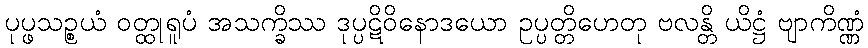
ပုပ္ဖသဉ္စယံ ဝတ္ထုရူပံ အသက္ခိဿ ဒုပ္ပဋိဝိနောဒယော ဥပ္ပတ္တိဟေတု ဗလန္တိ ယိဋ္ဌံ ဗျာကိဏ္ဏံ